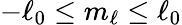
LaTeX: -\ell_{0}\leq m_{\ell}\leq\ell_{0}